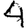
Digit: 4